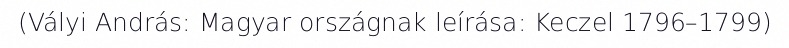
(Vályi András: Magyar országnak leírása: Keczel 1796–1799)